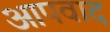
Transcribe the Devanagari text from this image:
आपवाद